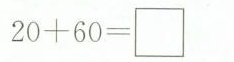
$$2 0 + 6 0 = \Box $$